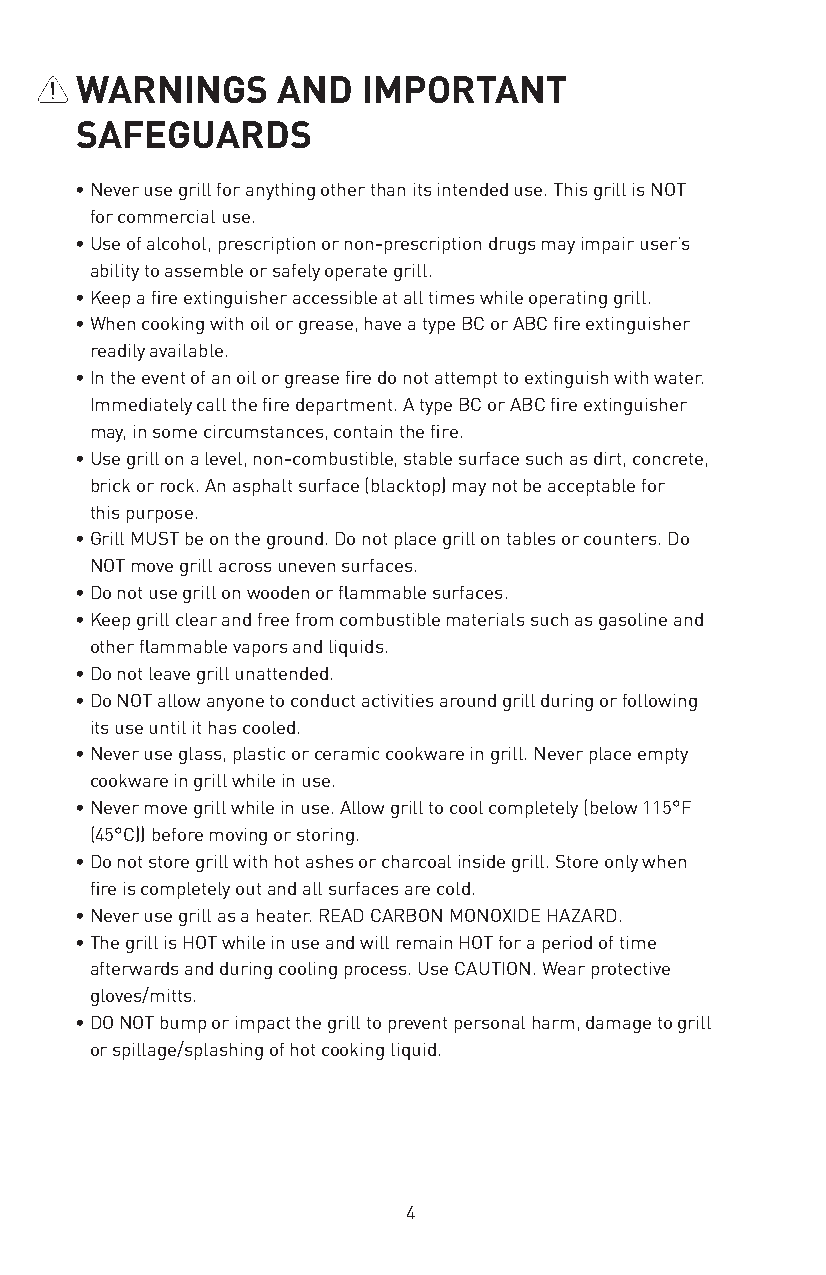
WARNINGS     AND   IMPORTANT
 SAFEGUARDS
 • Never use grill for anything other than its intended use. This grill is NOT
 for commercial use.
 • Use of alcohol, prescription or non-prescription drugs may impair user’s
 ability to assemble or safely operate grill.
 • Keep a fire extinguisher accessible at all times while operating grill.
 • When cooking with oil or grease, have a type BC or ABC fire extinguisher
 readily available.
 • In the event of an oil or grease fire do not attempt to extinguish with water.
 Immediately call the fire department. A type BC or ABC fire extinguisher
 may, in some circumstances, contain the fire.
 • Use grill on a level, non-combustible, stable surface such as dirt, concrete,
 brick or rock. An asphalt surface (blacktop) may not be acceptable for
 this purpose.
 • Grill MUST be on the ground. Do not place grill on tables or counters. Do
 NOT move grill across uneven surfaces.
 • Do not use grill on wooden or flammable surfaces.
 • Keep grill clear and free from combustible materials such as gasoline and
 other flammable vapors and liquids.
 • Do not leave grill unattended.
 • Do NOT allow anyone to conduct activities around grill during or following
 its use until it has cooled.
 • Never use glass, plastic or ceramic cookware in grill. Never place empty
 cookware in grill while in use.
 • Never move grill while in use. Allow grill to cool completely (below 115°F
 (45°C)) before moving or storing.
 • Do not store grill with hot ashes or charcoal inside grill. Store only when
 fire is completely out and all surfaces are cold.
 • Never use grill as a heater. READ CARBON MONOXIDE HAZARD.
 • The grill is HOT while in use and will remain HOT for a period of time
 afterwards and during cooling process. Use CAUTION. Wear protective
 gloves/mitts.
 • DO NOT bump or impact the grill to prevent personal harm, damage to grill
 or spillage/splashing of hot cooking liquid.
 4